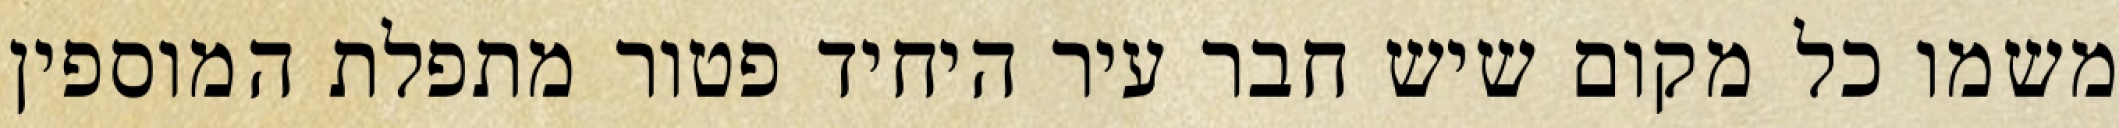
משמו כל מקום שיש חבר עיר היחיד פטור מתפלת המוספין